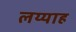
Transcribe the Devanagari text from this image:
लय्याह